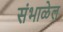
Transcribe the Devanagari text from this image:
संभाळेल